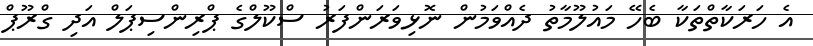
އެ ހަރަކާތްތަކާ ބެހޭ މައުލޫމާތު ދެއްވަމުން ނޮޅިވަރަންފަރު ސްކޫލްގެ ޕްރިންސިޕަލް އަދި ގްރޫޕް